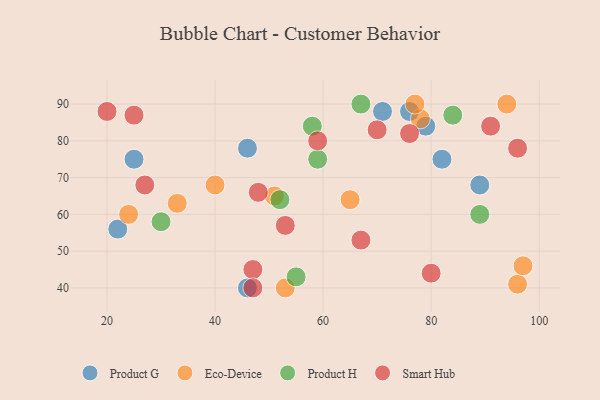
{"axis": {"x": "GDP", "y": "Life Expectancy"}, "legend": ["Eco-Device", "Product G", "Product H", "Smart Hub"], "data": [{"x": "46", "y": 78, "type": "Product G"}, {"x": "89", "y": 68, "type": "Product G"}, {"x": "22", "y": 56, "type": "Product G"}, {"x": "71", "y": 88, "type": "Product G"}, {"x": "82", "y": 75, "type": "Product G"}, {"x": "46", "y": 40, "type": "Product G"}, {"x": "79", "y": 84, "type": "Product G"}, {"x": "76", "y": 88, "type": "Product G"}, {"x": "25", "y": 75, "type": "Product G"}, {"x": "33", "y": 63, "type": "Eco-Device"}, {"x": "94", "y": 90, "type": "Eco-Device"}, {"x": "96", "y": 41, "type": "Eco-Device"}, {"x": "78", "y": 86, "type": "Eco-Device"}, {"x": "77", "y": 90, "type": "Eco-Device"}, {"x": "40", "y": 68, "type": "Eco-Device"}, {"x": "97", "y": 46, "type": "Eco-Device"}, {"x": "51", "y": 65, "type": "Eco-Device"}, {"x": "53", "y": 40, "type": "Eco-Device"}, {"x": "65", "y": 64, "type": "Eco-Device"}, {"x": "24", "y": 60, "type": "Eco-Device"}, {"x": "67", "y": 90, "type": "Product H"}, {"x": "59", "y": 75, "type": "Product H"}, {"x": "58", "y": 84, "type": "Product H"}, {"x": "52", "y": 64, "type": "Product H"}, {"x": "30", "y": 58, "type": "Product H"}, {"x": "89", "y": 60, "type": "Product H"}, {"x": "55", "y": 43, "type": "Product H"}, {"x": "84", "y": 87, "type": "Product H"}, {"x": "47", "y": 45, "type": "Smart Hub"}, {"x": "47", "y": 40, "type": "Smart Hub"}, {"x": "91", "y": 84, "type": "Smart Hub"}, {"x": "53", "y": 57, "type": "Smart Hub"}, {"x": "76", "y": 82, "type": "Smart Hub"}, {"x": "20", "y": 88, "type": "Smart Hub"}, {"x": "48", "y": 66, "type": "Smart Hub"}, {"x": "25", "y": 87, "type": "Smart Hub"}, {"x": "59", "y": 80, "type": "Smart Hub"}, {"x": "27", "y": 68, "type": "Smart Hub"}, {"x": "80", "y": 44, "type": "Smart Hub"}, {"x": "70", "y": 83, "type": "Smart Hub"}, {"x": "96", "y": 78, "type": "Smart Hub"}, {"x": "67", "y": 53, "type": "Smart Hub"}]}